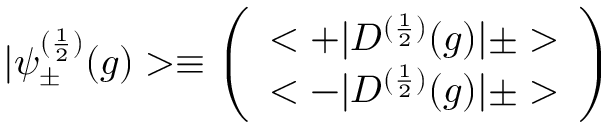
| { \psi } _ { \pm } ^ { ( \frac { 1 } { 2 } ) } ( g ) > \equiv \left( \begin{array} { c } { { < + | D ^ { ( \frac { 1 } { 2 } ) } ( g ) | \pm > } } \\ { { < - | D ^ { ( \frac { 1 } { 2 } ) } ( g ) | \pm > } } \end{array} \right) \,